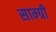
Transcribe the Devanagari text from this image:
साम्ग्री